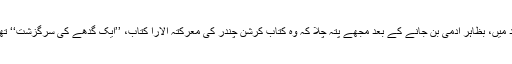
بعد میں، بظاہر آدمی بن جانے کے بعد مجھے پتہ چلا کہ وہ کتاب کرشن چندر کی معرکتہ آلارا کتاب، ’’ایک گدھے کی سرگزشت‘‘ تھی۔